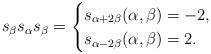
LaTeX: \begin{align*} s_{\beta}s_{\alpha}s_{\beta} = \begin{cases} s_{\alpha+2\beta} (\alpha, \beta) = -2, \\ s_{\alpha-2\beta} (\alpha, \beta) = 2. \\ \end{cases} \end{align*}